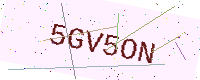
Text: 5GV5ON